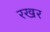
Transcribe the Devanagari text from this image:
रखर